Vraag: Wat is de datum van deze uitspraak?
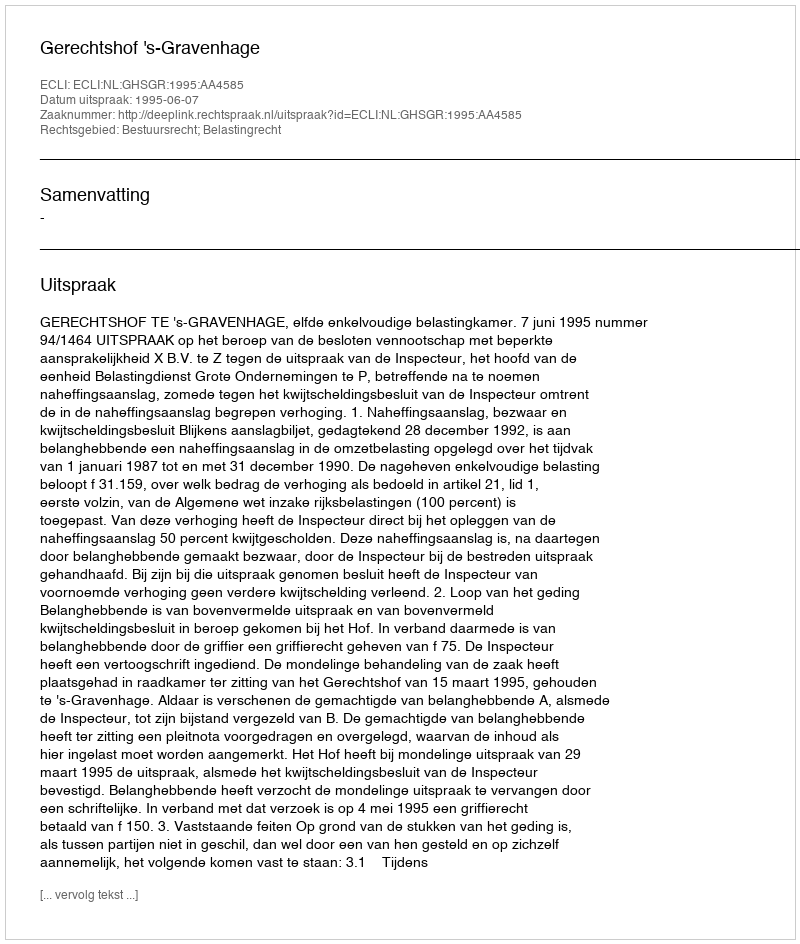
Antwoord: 1995-06-07